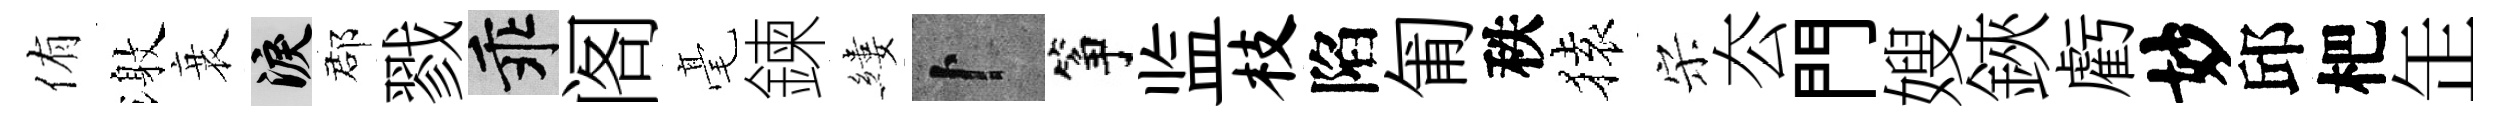
侑激衰泪郡戮乖阁毫鍊縷卜筝监枝陷匍秩𫞤宋厺門嫂鋏虧妙邱杷𦈢